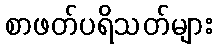
စာဖတ်ပရိသတ်များ